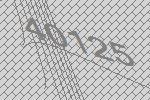
40125